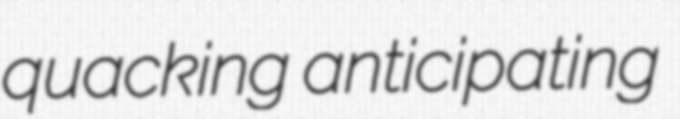
quacking anticipating